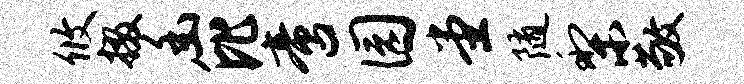
攸掇幽比啻园堂随梨敬